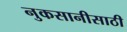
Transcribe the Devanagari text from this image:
नुकसानीसाठी